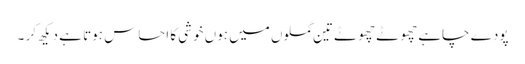
پودے چاہے چھوٹے چھوٹے تین گملوں میں ہوں خوشی کا احساس ہوتا ہے دیکھ کر ۔